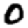
Digit: 0